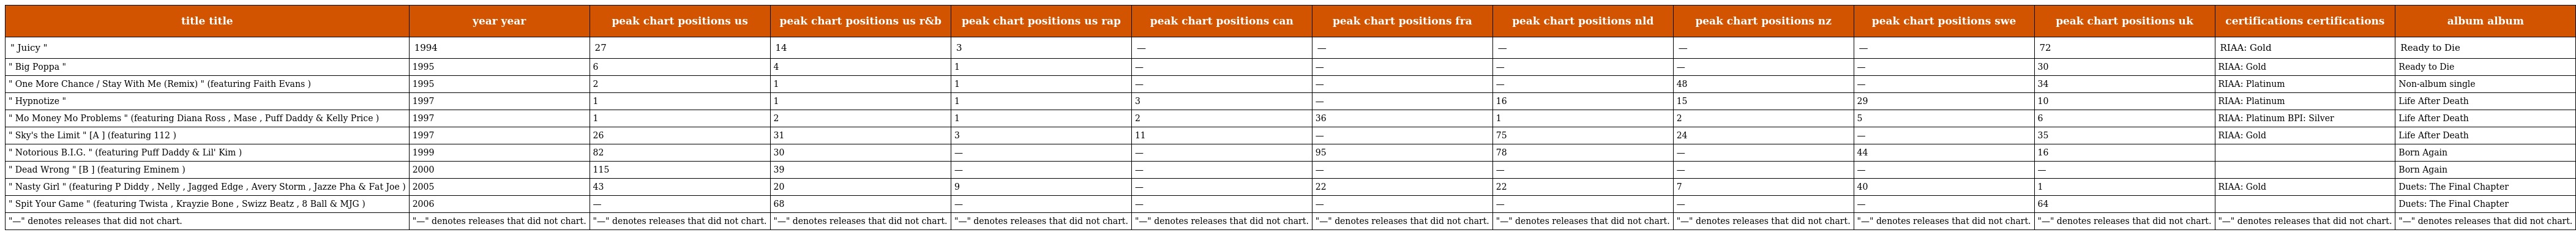
| title title | year year | peak chart positions us | peak chart positions us r&b | peak chart positions us rap | peak chart positions can | peak chart positions fra | peak chart positions nld | peak chart positions nz | peak chart positions swe | peak chart positions uk | certifications certifications | album album |
 | --- | --- | --- | --- | --- | --- | --- | --- | --- | --- | --- | --- | --- |
 | " Juicy " | 1994 | 27 | 14 | 3 | — | — | — | — | — | 72 | RIAA: Gold | Ready to Die |
 | " Big Poppa " | 1995 | 6 | 4 | 1 | — | — | — | — | — | 30 | RIAA: Gold | Ready to Die |
 | " One More Chance / Stay With Me (Remix) " (featuring Faith Evans ) | 1995 | 2 | 1 | 1 | — | — | — | 48 | — | 34 | RIAA: Platinum | Non-album single |
 | " Hypnotize " | 1997 | 1 | 1 | 1 | 3 | — | 16 | 15 | 29 | 10 | RIAA: Platinum | Life After Death |
 | " Mo Money Mo Problems " (featuring Diana Ross , Mase , Puff Daddy & Kelly Price ) | 1997 | 1 | 2 | 1 | 2 | 36 | 1 | 2 | 5 | 6 | RIAA: Platinum BPI: Silver | Life After Death |
 | " Sky's the Limit " [A ] (featuring 112 ) | 1997 | 26 | 31 | 3 | 11 | — | 75 | 24 | — | 35 | RIAA: Gold | Life After Death |
 | " Notorious B.I.G. " (featuring Puff Daddy & Lil' Kim ) | 1999 | 82 | 30 | — | — | 95 | 78 | — | 44 | 16 |  | Born Again |
 | " Dead Wrong " [B ] (featuring Eminem ) | 2000 | 115 | 39 | — | — | — | — | — | — | — |  | Born Again |
 | " Nasty Girl " (featuring P Diddy , Nelly , Jagged Edge , Avery Storm , Jazze Pha & Fat Joe ) | 2005 | 43 | 20 | 9 | — | 22 | 22 | 7 | 40 | 1 | RIAA: Gold | Duets: The Final Chapter |
 | " Spit Your Game " (featuring Twista , Krayzie Bone , Swizz Beatz , 8 Ball & MJG ) | 2006 | — | 68 | — | — | — | — | — | — | 64 |  | Duets: The Final Chapter |
 | "—" denotes releases that did not chart. | "—" denotes releases that did not chart. | "—" denotes releases that did not chart. | "—" denotes releases that did not chart. | "—" denotes releases that did not chart. | "—" denotes releases that did not chart. | "—" denotes releases that did not chart. | "—" denotes releases that did not chart. | "—" denotes releases that did not chart. | "—" denotes releases that did not chart. | "—" denotes releases that did not chart. | "—" denotes releases that did not chart. | "—" denotes releases that did not chart. |